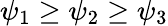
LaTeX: \psi_{1}\geq\psi_{2}\geq\psi_{3}